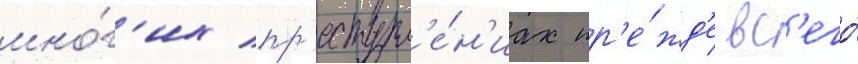
мно́г'их пр'еступл'е́н'иах пр'е́жд'е вс'его́